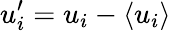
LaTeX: {u_{i}^{\prime}}={u_{i}}-\left\langle{{u_{i}}}\right\rangle